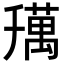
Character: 𦼌